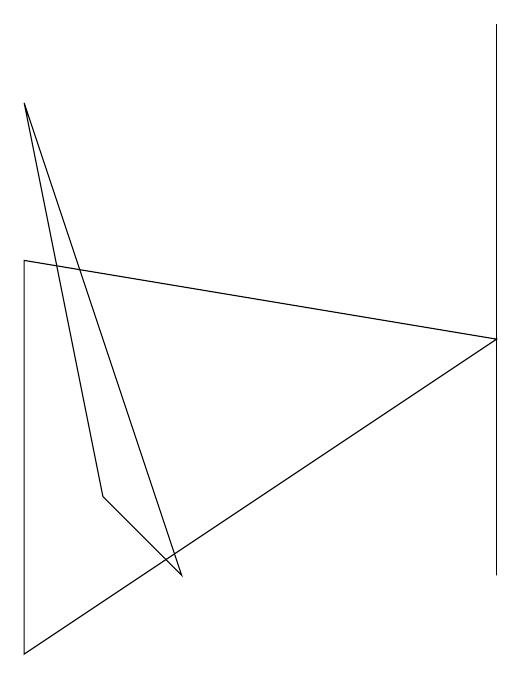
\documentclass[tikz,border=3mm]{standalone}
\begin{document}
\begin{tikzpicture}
\draw (0,1) -- (0,6) -- (6,5) -- cycle;
\draw (6,8) -- (6,2) -- (6,9) -- cycle;
\draw (1,3) -- (0,8) -- (2,2) -- cycle;
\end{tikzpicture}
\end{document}